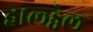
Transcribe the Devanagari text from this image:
हाल्ड्वेल